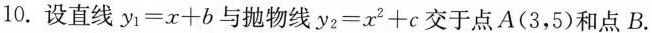
10.设直线$$y_{1}=x+b$$与抛物线$$y_{2}=x^{2}+c$$交于点A(3，5)和点B.